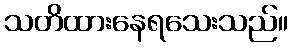
သတိထားနေရသေးသည်။